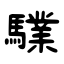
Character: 驜